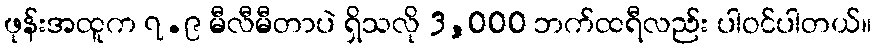
ဖုန်းအထူက ၇.၉ မီလီမီတာပဲ ရှိသလို 3,000 ဘက်ထရီလည်း ပါဝင်ပါတယ်။